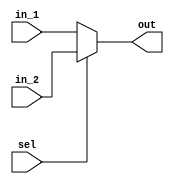
module mux2_1_rd(
input  wire [31:0] in_1, 
input  wire [31:0] in_2,
input  wire         sel,
output reg [31:0] out);

always@(*)
begin  
	out = in_1;
	if(sel==1'b1)
	 out = in_2;
  
end
endmodule